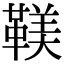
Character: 𩋼